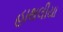
હાથલીયા